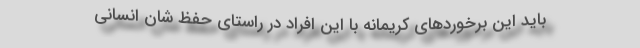
باید این برخورد‌های کریمانه با این افراد در راستای حفظ‌ شان انسانی